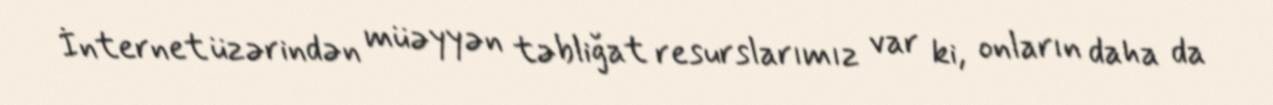
İnternet üzərindən müəyyən təbliğat resurslarımız var ki, onların daha da